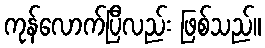
ကုန်လောက်ပြီလည်း ဖြစ်သည်။